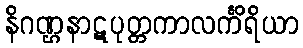
နိဂဏ္ဌနာဋပုတ္တကာလင်္ကိရိယာ